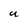
Character: U